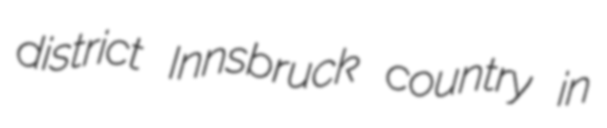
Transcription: district Innsbruck country in